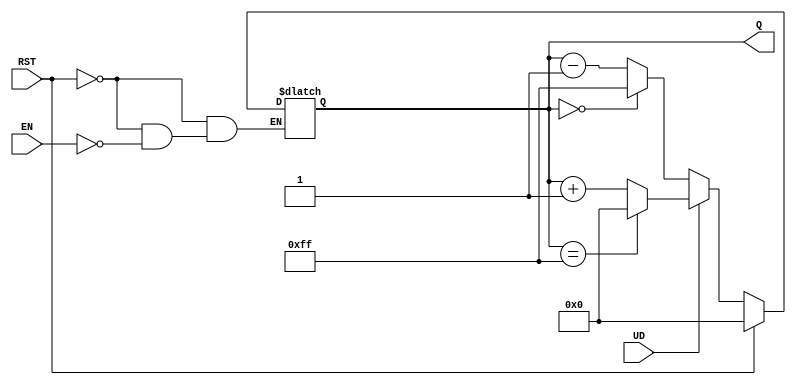
module UpDownAsyncCounter(
    input wire UD,        // Up/Down control signal
    input wire EN,        // Enable signal
    input wire RST,       // Asynchronous reset signal
    output reg [7:0] Q    // 8-bit counter output
);

    // Maximum count value for an 8-bit counter (255)
    localparam MAX_COUNT = 8'hFF;

    // Always block for asynchronous reset
    always @(*) begin
        if (RST) begin
            Q = 8'b00000000;  // Reset the counter to 0
        end else if (EN) begin
            if (UD) begin
                // Count up with wrap around
                if (Q == MAX_COUNT) begin
                    Q = 8'b00000000;  // Wrap around to 0
                end else begin
                    Q = Q + 1;        // Increment the counter
                end
            end else begin
                // Count down with wrap around
                if (Q == 8'b00000000) begin
                    Q = MAX_COUNT;   // Wrap around to MAX_COUNT
                end else begin
                    Q = Q - 1;        // Decrement the counter
                end
            end
        end
    end

endmodule